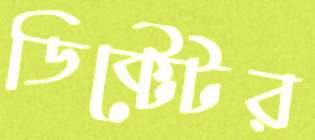
ডিক্টেটর